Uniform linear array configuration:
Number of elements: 16
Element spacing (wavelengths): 1
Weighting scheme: binomial
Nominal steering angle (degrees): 30
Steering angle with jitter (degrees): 29.468
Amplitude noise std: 0.05
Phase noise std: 0.05

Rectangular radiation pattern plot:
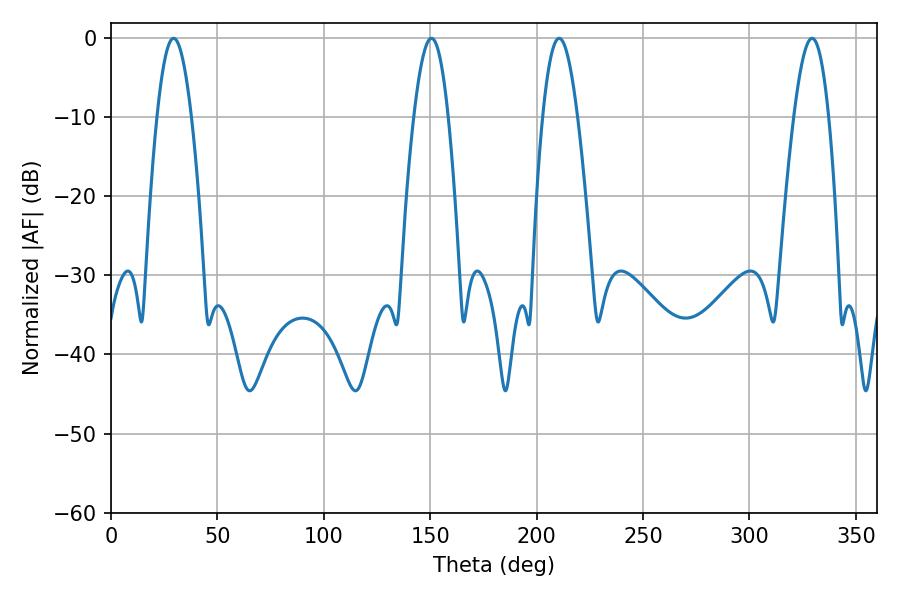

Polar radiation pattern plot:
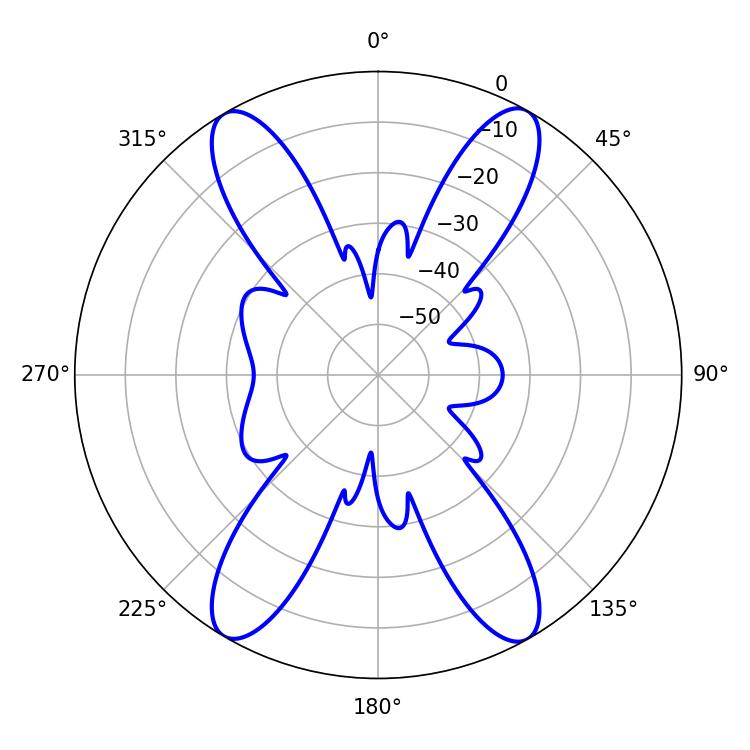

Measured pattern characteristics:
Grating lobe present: TRUE
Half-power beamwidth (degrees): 8.82
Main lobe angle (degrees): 210.6